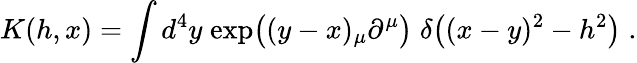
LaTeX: K(h,x)=\int d^{4}y\; \mathrm{exp}\big((y-x)_{\mu}\partial^{\mu}\big)\; \delta\big((x-y)^{2}-h^{2}\big)\; .